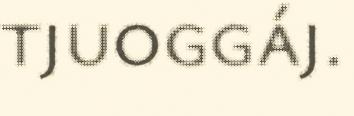
tjuoggáj.